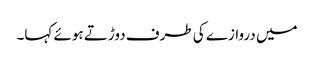
میں دروازے کی طرف دوڑتے ہوئے کہا۔